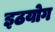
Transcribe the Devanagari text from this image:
इठयोग